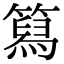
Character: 䉣